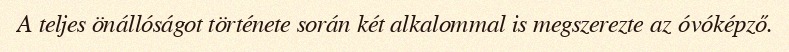
A teljes önállóságot története során két alkalommal is megszerezte az óvóképző.